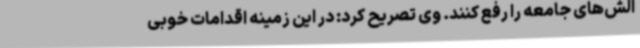
الش‌های جامعه را رفع کنند. وی تصریح کرد: در این زمینه اقدامات خوبی